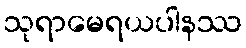
သုရာမေရယပါနဿ